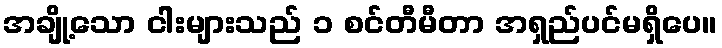
အချို့သော ငါးများသည် ၁ စင်တီမီတာ အရှည်ပင်မရှိပေ။